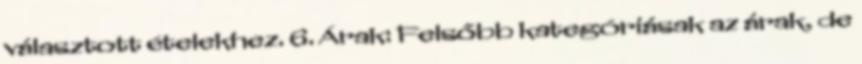
választott ételekhez. 6. Árak: Felsőbb kategóriásak az árak, de